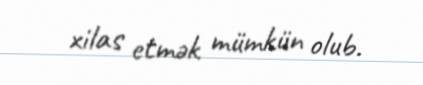
xilas etmək mümkün olub.